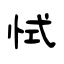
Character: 恜